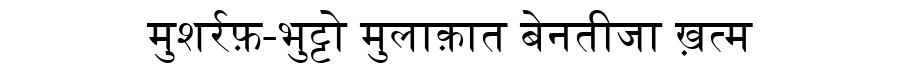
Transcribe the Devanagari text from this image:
मुशर्रफ़-भुट्टो मुलाक़ात बेनतीजा ख़त्म